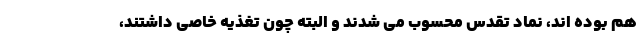
هم بوده اند، نماد تقدس محسوب می شدند و البته چون تغذیه خاصی داشتند،